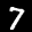
Label: 7